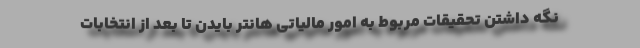
نگه داشتن تحقیقات مربوط به امور مالیاتی هانتر بایدن تا بعد از انتخابات